Annual administration report of the Bombay Presidency - 1887-1892
Year: 1887
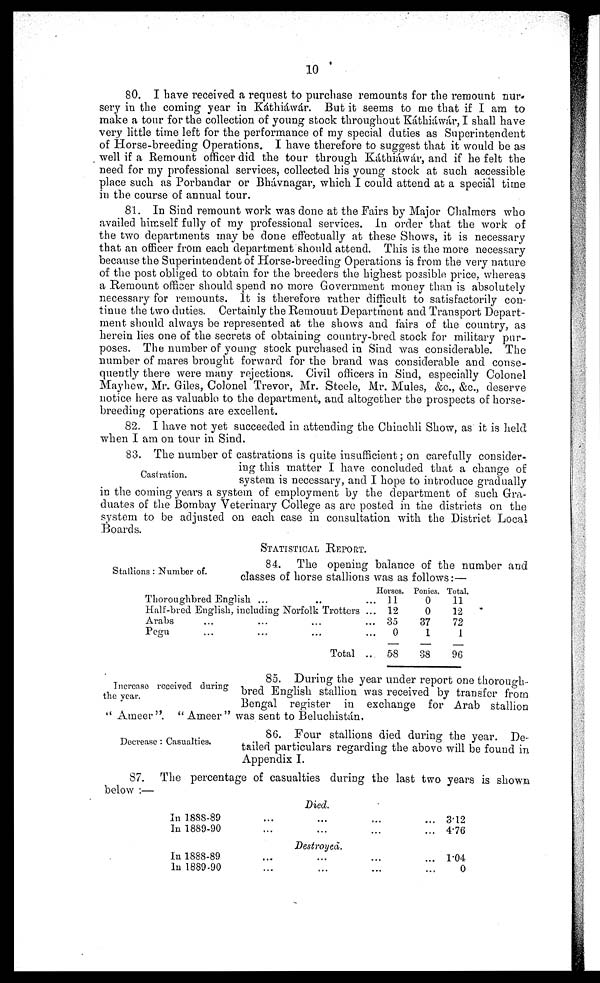
10
80. I have received a request to purchase remounts for the remount nur-
sery in the coming year in Káthiáwár. But it seems to me that if I am to
make a tour for the collection of young stock throughout Káthiáwár, I shall have
very little time left for the performance of my special duties as Superintendent
of Horse-breeding Operations. I have therefore to suggest that it would be as
well if a Remount officer did the tour through Káthiáwár, and if he felt the
need for my professional services, collected his young stock at such accessible
place such as Porbandar or Bhávnagar, which I could attend at a special time
in the course of annual tour.
81. In Sind remount work was done at the Fairs by Major Chalmers who
availed himself fully of my professional services. In order that the work of
the two departments may be done effectually at these Shows, it is necessary
that an officer from each department should attend. This is the more necessary
because the Superintendent of Horse-breeding Operations is from the very nature
of the post obliged to obtain for the breeders the highest possible price, whereas
a Remount officer should spend no more Government money than is absolutely
necessary for remounts. It is therefore rather difficult to satisfactorily con-
tinue the two duties. Certainly the Remount Department and Transport Depart-
ment should always be represented at the shows and fairs of the country, as
herein lies one of the secrets of obtaining country-bred stock for military pur-
poses. The number of young stock purchased in Sind was considerable. The
number of mares brought forward for the brand was considerable and conse-
quently there were many rejections. Civil officers in Sind, especially Colonel
Mayhew, Mr. Giles, Colonel Trevor, Mr. Steele, Mr. Mules, &c., &c, deserve
notice here as valuable to the department, and altogether the prospects of horse-
breeding operations are excellent.
82. I have not yet succeeded in attending the Chinchli Show, as it is held
when I am on tour in Sind.
Castration.
83. The number of castrations is quite insufficient; on carefully consider-
ing this matter I have concluded that a change of
system is necessary, and I hope to introduce gradually
in the coming years a system of employment by the department of such Gra-
duates of the Bombay Veterinary College as are posted in the districts on the
system to be adjusted on each case in consultation with the District Local
Boards.
STATISTICAL REPORT.
Stallions: Number of.
84. The opening balance of the number and
classes of horse stallions was as follows:—
Thoroughbred English ... .. ...
Half-bred English, including Norfolk Trotters ...
Arabs ... ... ... ...
Pegu ... ... ...
Total ...
Horses.
11
12
35
0
58
Ponies.
0
0
37
1
38
Total.
11
12
72
1
96
Increase received during
the year.
85. During the year under report one thorough-
bred English stallion was received by transfer from
Bengal register in exchange for Arab stallion
"Ameer". "Ameer" was sent to Beluchistán.
Decrease: Casualties.
86. Four stallions died during the year. De-
tailed particulars regarding the above will be found in
Appendix I.
87. The percentage of casualties during the last two years is shown
below:—
Died.
In 1888-89
...
...
...
...
In 1889-90
...
...
...
...
3.12
4.76
Destroyea.
In 1888-89
...
... ... ...
In 1889-90
...
...
......
1.04
0